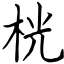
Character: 桄